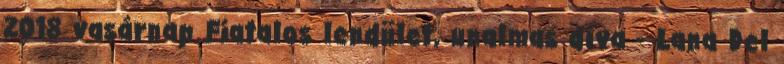
2018 vasárnap Fiatalos lendület, unalmas díva - Lana Del